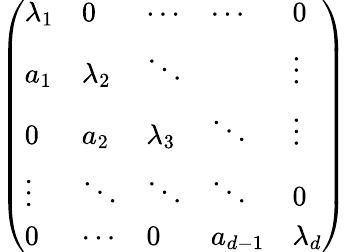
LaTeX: \left(\begin{array}{lllll}{\lambda_{1}}&{0}&{\cdots}&{\cdots}&{0}\\ {a_{1}}&{\lambda_{2}}&{\ddots}&&{\vdots}\\ {0}&{a_{2}}&{\lambda_{3}}&{\ddots}&{\vdots}\\ {\vdots}&{\ddots}&{\ddots}&{\ddots}&{0}\\ {0}&{\cdots}&{0}&{a_{d-1}}&{\lambda_{d}}\end{array}\right)